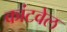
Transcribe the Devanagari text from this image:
कांटवेल